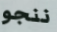
ننجو